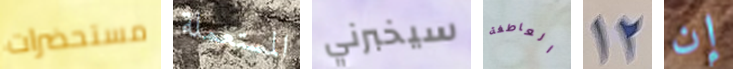
مستحضرات المستعملة سيخبرني العاطفة 12 إن